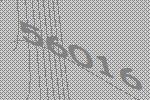
56016